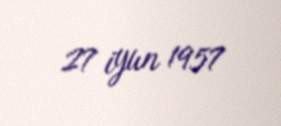
27 iyun 1957